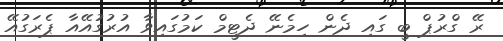
ރޭ ގްރުޕް ބީ ގައި ދެން ހިމެނޭ ދެޓީމް ކަމުގައިވާ އުރުގުއޭއާ ޕެރަގުއޭ